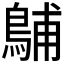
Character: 𪁭